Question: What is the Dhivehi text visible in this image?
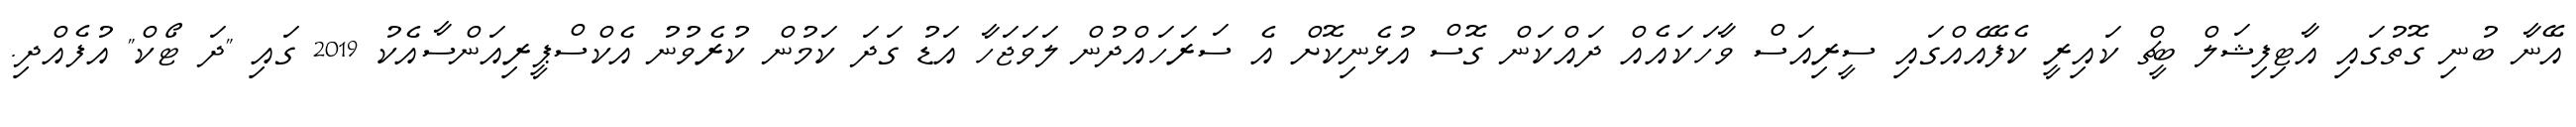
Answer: އޭނާ ބުނި ގޮތުގައި އާޓިފިޝަލް ބީޗް ކައިރީ ކެފޭއެއްގައި ސީރިއަސް ވާހަކައެއް ދައްކަން ގޮސް އުޅެނިކޮށް އެ ސަރަހައްދުން ލަވަޖަހާ އަޑު ގަދަ ކަމުން ކުރެވުނު އެކްސްޕީރިއަންސާއެކު 2019 ގައި "ދަ ޓޯކް" އުފެއްދި.